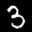
Label: 3